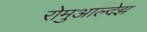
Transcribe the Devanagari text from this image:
रोमुआल्देझ